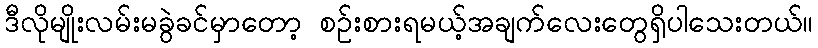
ဒီလိုမျိုးလမ်းမခွဲခင်မှာတော့ စဥ်းစားရမယ့်အချက်လေးတွေရှိပါသေးတယ်။